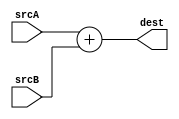
module sum (
    input [31:0] srcA,
    input [31:0] srcB,

    output [31:0] dest
    
);

assign dest = srcA + srcB;
    
endmodule